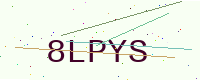
Text: 8LPYS